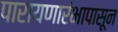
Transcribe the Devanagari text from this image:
पारायणारंभापासून